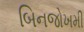
બિનજોખમી